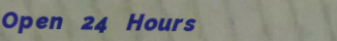
Open 24 Hours